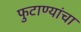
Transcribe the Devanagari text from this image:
फुटाण्यांचा